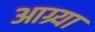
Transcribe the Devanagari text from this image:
आग्र्या